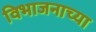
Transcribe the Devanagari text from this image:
विभाजनाच्या